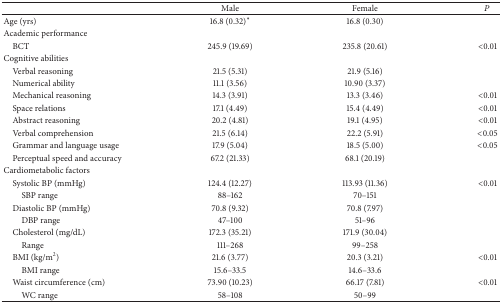
<table><thead><tr><td><b> </b></td><td><b>Male</b></td><td><b>Female</b></td><td><b><i>P</i></b></td></tr></thead><tbody><tr><td>Age (yrs)</td><td>16.8 (0.32)<sup>*</sup></td><td>16.8 (0.30)</td><td> </td></tr><tr><td>Academic performance</td><td> </td><td> </td><td> </td></tr><tr><td> BCT</td><td>245.9 (19.69)</td><td>235.8 (20.61)</td><td>&lt;0.01</td></tr><tr><td>Cognitive abilities </td><td> </td><td> </td><td> </td></tr><tr><td> Verbal reasoning</td><td>21.5 (5.31)</td><td>21.9 (5.16)</td><td> </td></tr><tr><td> Numerical ability</td><td>11.1 (3.56)</td><td>10.90 (3.37)</td><td> </td></tr><tr><td> Mechanical reasoning</td><td>14.3 (3.91)</td><td>13.3 (3.46)</td><td>&lt;0.01</td></tr><tr><td> Space relations</td><td>17.1 (4.49)</td><td>15.4 (4.49)</td><td>&lt;0.01</td></tr><tr><td> Abstract reasoning</td><td>20.2 (4.81)</td><td>19.1 (4.95)</td><td>&lt;0.01</td></tr><tr><td> Verbal comprehension</td><td>21.5 (6.14)</td><td>22.2 (5.91)</td><td>&lt;0.05</td></tr><tr><td> Grammar and language usage</td><td>17.9 (5.04)</td><td>18.5 (5.00)</td><td>&lt;0.05</td></tr><tr><td> Perceptual speed and accuracy</td><td>67.2 (21.33)</td><td>68.1 (20.19)</td><td> </td></tr><tr><td>Cardiometabolic factors</td><td> </td><td> </td><td> </td></tr><tr><td> Systolic BP (mmHg)</td><td>124.4 (12.27)</td><td>113.93 (11.36)</td><td>&lt;0.01</td></tr><tr><td>SBP range</td><td>88–162</td><td>70–151</td><td> </td></tr><tr><td> Diastolic BP (mmHg)</td><td>70.8 (9.32)</td><td>70.8 (7.97)</td><td> </td></tr><tr><td>DBP range</td><td>47–100</td><td>51–96</td><td> </td></tr><tr><td> Cholesterol (mg/dL)</td><td>172.3 (35.21)</td><td>171.9 (30.04)</td><td> </td></tr><tr><td>Range</td><td>111–268</td><td>99–258</td><td> </td></tr><tr><td> BMI (kg/m<sup>2</sup>)</td><td>21.6 (3.77)</td><td>20.3 (3.21)</td><td>&lt;0.01</td></tr><tr><td>BMI range</td><td>15.6–33.5</td><td>14.6–33.6</td><td> </td></tr><tr><td> Waist circumference (cm)</td><td>73.90 (10.23)</td><td>66.17 (7.81)</td><td>&lt;0.01</td></tr><tr><td>WC range</td><td>58–108</td><td>50–99</td><td> </td></tr></tbody></table>